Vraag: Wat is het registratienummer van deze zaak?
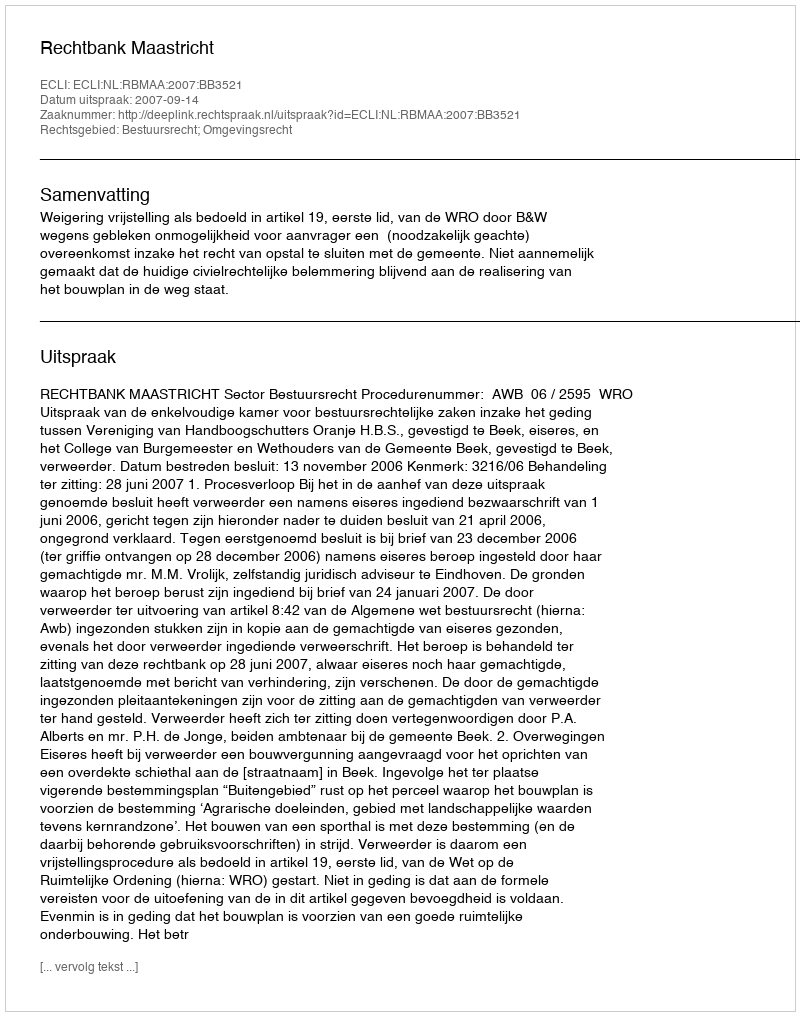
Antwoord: http://deeplink.rechtspraak.nl/uitspraak?id=ECLI:NL:RBMAA:2007:BB3521